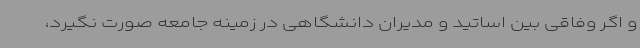
و اگر وفاقی بین اساتید و مدیران دانشگاهی در زمینه جامعه صورت نگیرد،